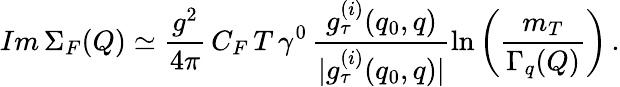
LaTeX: Im\, \Sigma_{F}(Q)\simeq\frac{g^{2}}{4\pi}\, C_{F}\, T\, \gamma^{0}\, \frac{g_{\tau}^{(i)}(q_{0},q)}{|g_{\tau}^{(i)}(q_{0},q)|}\ln\left(\frac{m_{T}}{\Gamma_{q}(Q)}\right)\, .